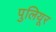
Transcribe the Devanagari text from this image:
पुलियूर